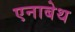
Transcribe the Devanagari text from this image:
एनाबेथ